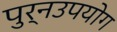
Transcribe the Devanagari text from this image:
पुर्नउपयोग